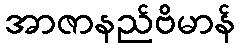
အာဇာနည်ဗိမာန်